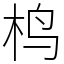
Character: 㭤